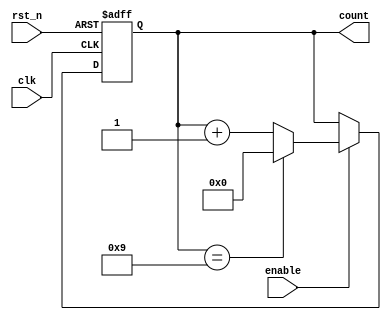
module modulus_counter #(
    parameter N = 10  // Modulus value
)(
    input wire clk,    // Clock input
    input wire rst_n,  // Asynchronous active-low reset
    input wire enable,  // Enable input
    output reg [clog2(N)-1:0] count // Count output
);

// Function to calculate the ceiling log base 2 of N
function integer clog2;
    input integer value;
    begin
        clog2 = 0;
        while (2**clog2 < value) begin
            clog2 = clog2 + 1;
        end
    end
endfunction

// Always block for counter logic
always @(posedge clk or negedge rst_n) begin
    if (!rst_n) begin
        count <= 0;  // Asynchronously reset the counter to 0
    end else if (enable) begin
        if (count == N - 1) begin
            count <= 0;  // Reset the count if it reaches N
        end else begin
            count <= count + 1;  // Increment the count
        end
    end
end

endmodule